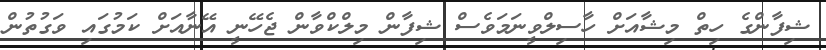
ޝިފާންގެ ހިތް މިޝާއަށް ހާސިލްވީނަމަވެސް ޝިފާން މިލްކްވާން ޖެހޭނީ އޭނާއަށް ކަމުގައި ވަގުތުން